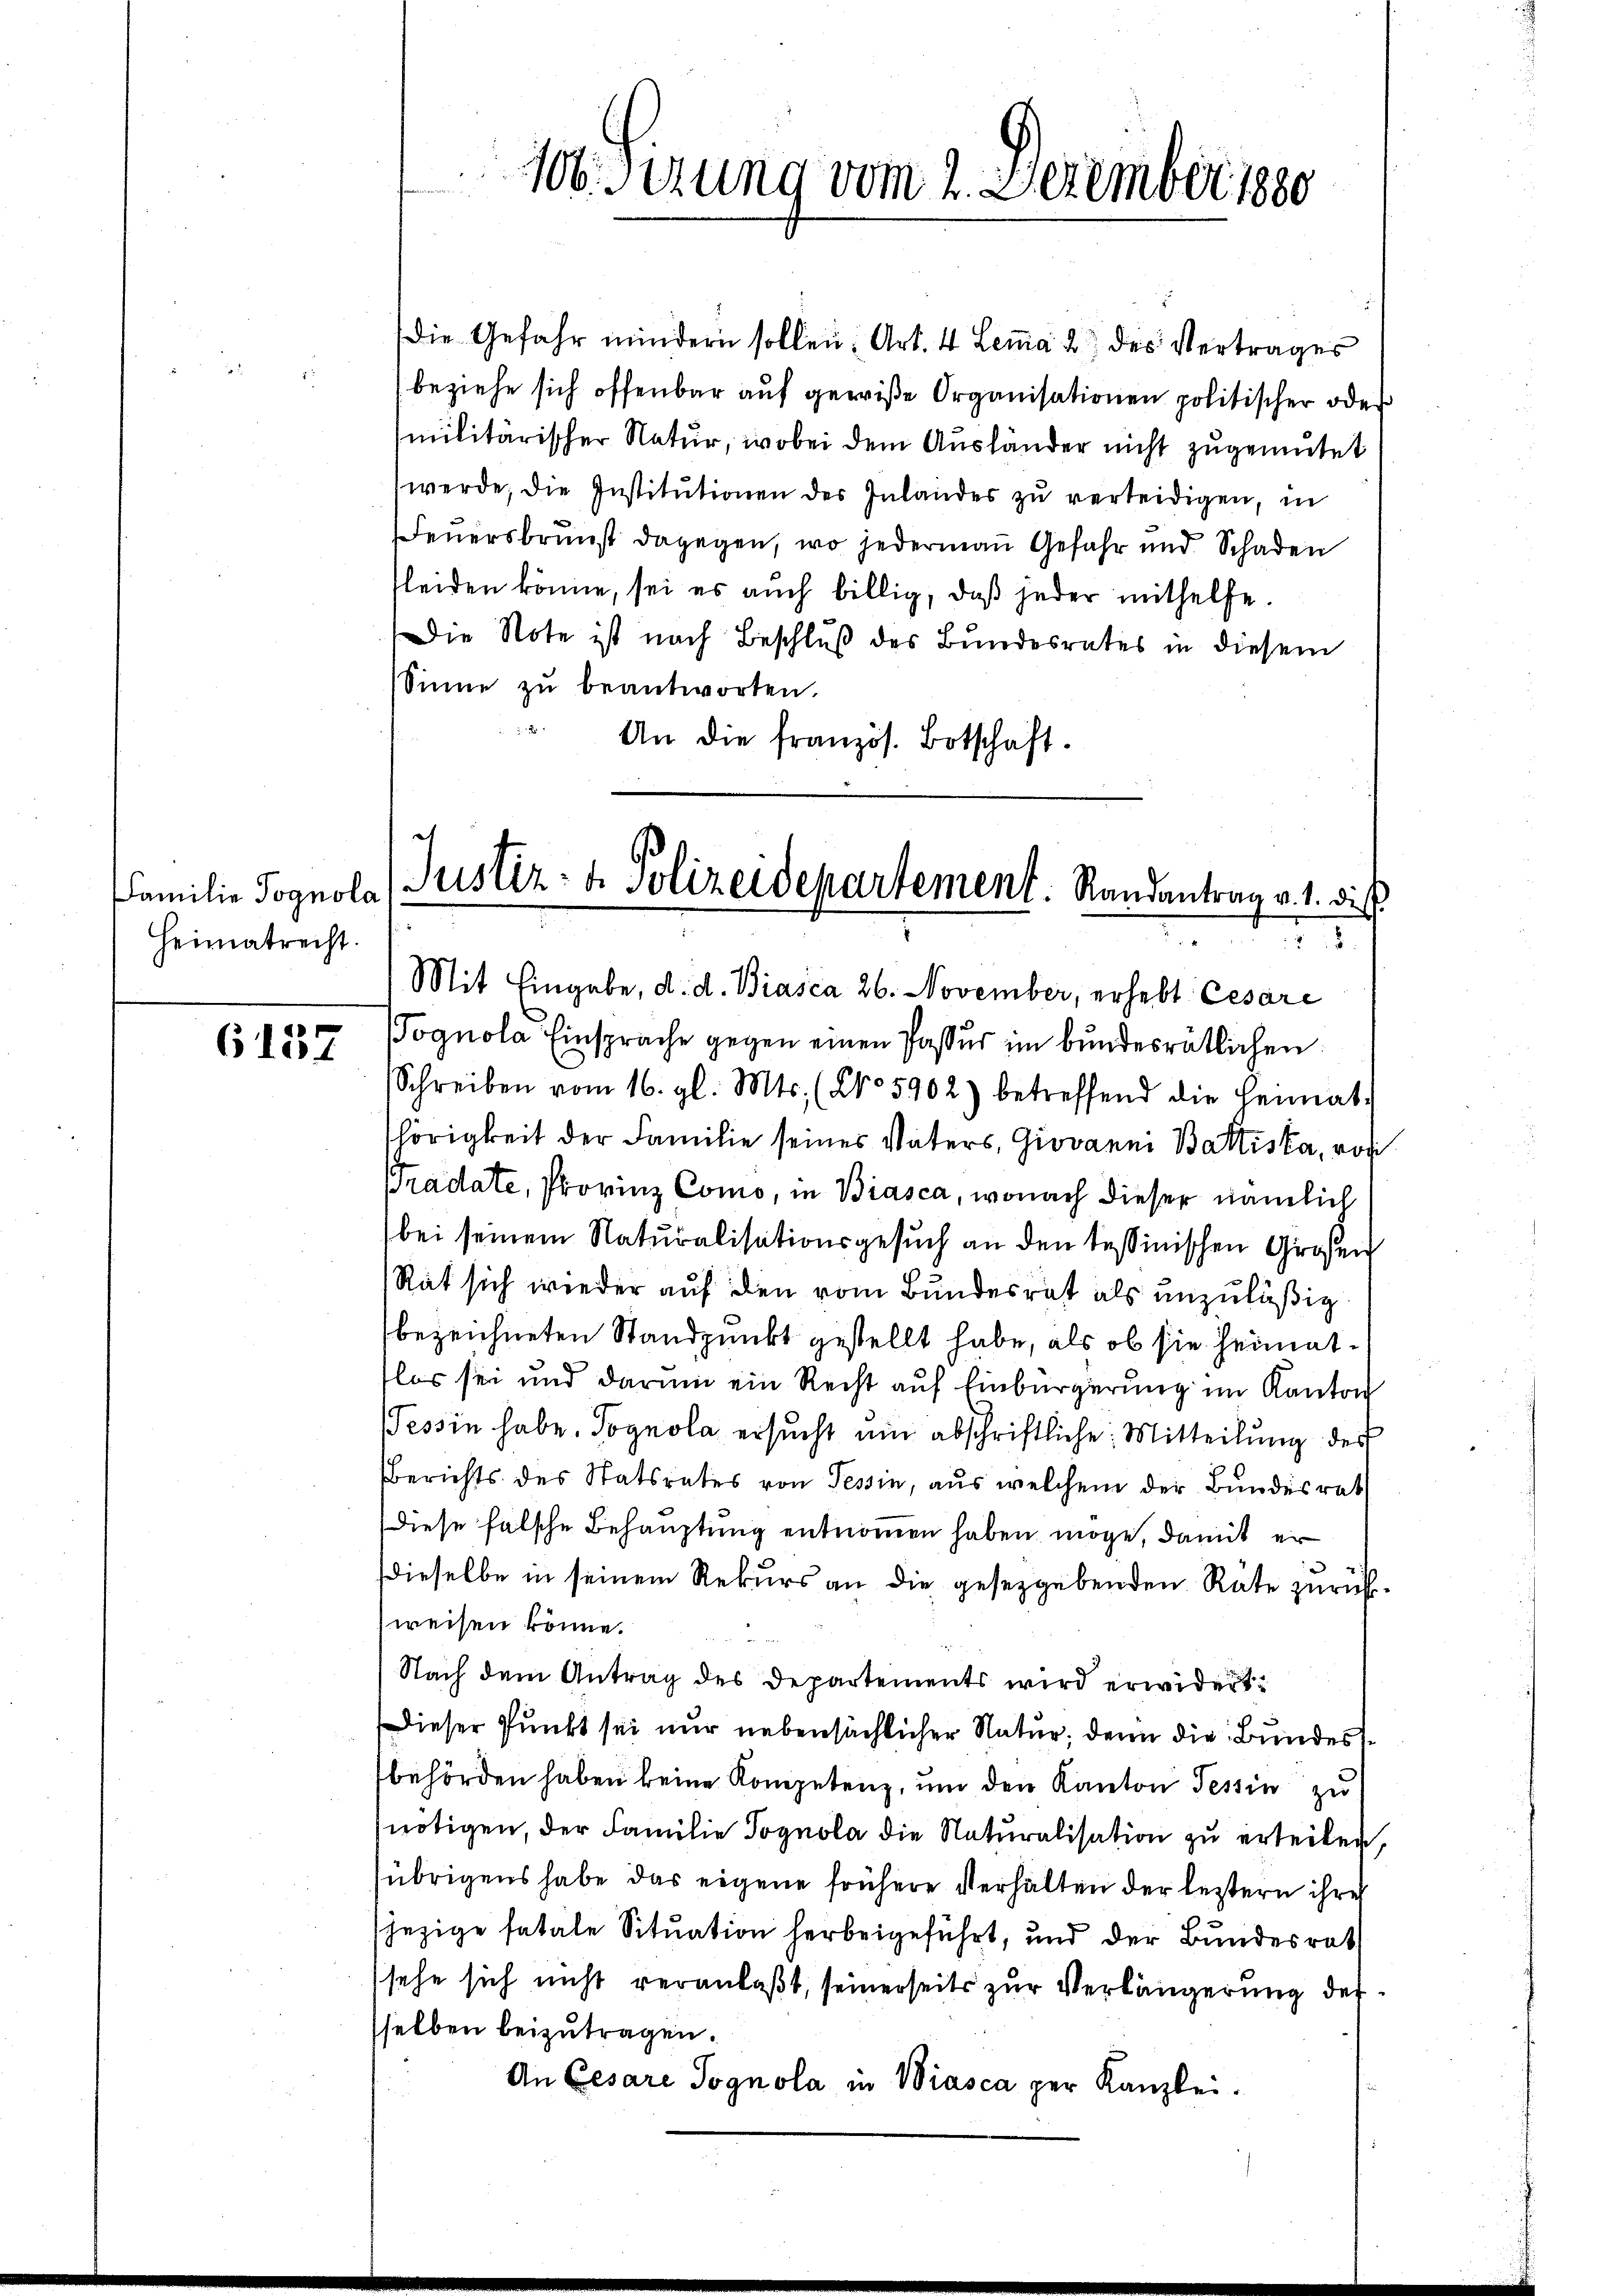
Familie Pognola
Heimatrecht.

6157

die Gefahr mindern sollen; Art. 4 Lemma 2 des Vertrages
beziehe sich offenbar auf gewiße Organisationen politischer oder
militärischer Natur, wobei dem Ausländer nicht zugemutet
werde, die Institutionen des Inlandes zu verteidigen, in
Feuersbrunst dagegen, wo jederman Gefahr und Schaden
fleiden könne, sei es auch billig, daβ jeder mithelfe.
Die Note ist nach Beschluß des Bundesrates in diesem
Sinne zŭ beantworten.
An die französ. Botschaft.

ognola Einsprache gegen einen Passur im bundesrätlichen
Schreiben vom 16. gl. Mts. (No 5902) betreffend die Heimati
hörigkeit der Familie seines Vaters, Giovanni Battiska, von
pradate, Provinz Como, in Biasca, wonach dieser nämlich
bei seinem Naturalisationsgesuch an den tessinischen Großen
Rat sich wieder auf den vom Bundesrat als unzuläßig
bezeichneten Standpunkt gestellt habe, als ob sie heimatlos sei und darum ein Recht auf Einbürgerung im Kanton
Tessin habe. Sognola ersucht um abschriftliche Mitteilung des
Berichts des Statsrates von Tessin, aus welchem der Bundesrat
Diese falsche Behauptung entnommen haben möge, damit er
dieselbe in seinem Rekurs an die gesetzgebenden Räte zurückweisen könne.
Nach dem Antrag des Departements wird erwidert:
Dieser Punkt sei nur nebensächlicher Natur; denn die Bundesbehörden haben keine Kompetenz, um den Kanton Tessin zu
nötigen, der Familie Tognola die Naturalisation zu erteilen,
übrigens habe das eigene frühere Verhälten der letztern ihrer
jezige fatale Situation herbeigeführt, und der Bundesrat
sehe sich nicht veranlaßt, seinerseits zur Verlängerung dersselben beizutragen.
An Cesare Sognola in Wiasca per Kanzlei.

100. Sizung vom 2. Dezember 1880

c
Justiz- & Polizeidepartement. Randantrag v. 1. dies
5
Mit Eingabe, d. d. Biasca 26. November, erhebt Cesare